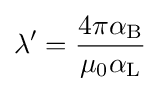
\lambda '={\frac {4\pi \alpha _{\rm {B}}}{\mu _{0}\alpha _{\rm {L}}}}